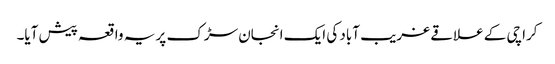
کراچی کے علاقے غریب آباد کی ایک انجان سڑک پر یہ واقعہ پیش آیا۔